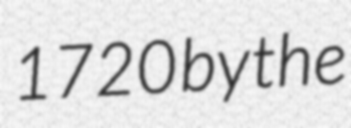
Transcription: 1720 by the